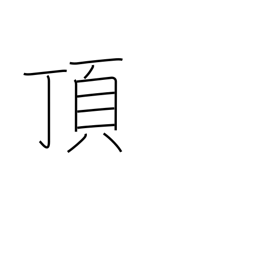
Meaning: receive